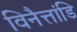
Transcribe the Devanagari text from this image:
विनैत्तांडि